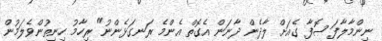
ނިންމާލާފަ ޞޮފާ ގެއަށް ލާދެން ދާނަން އެގޮތް އެންމެ ރަނގަޅެންނު" ރިހާމު ހިނިތުންވެލަމުން